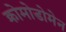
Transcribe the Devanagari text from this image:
क्रोमोडोमेन